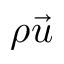
\rho \vec { u }